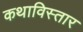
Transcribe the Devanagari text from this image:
कथाविस्तार